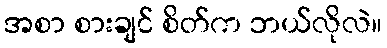
အစာ စားချင် စိတ်က ဘယ်လိုလဲ။